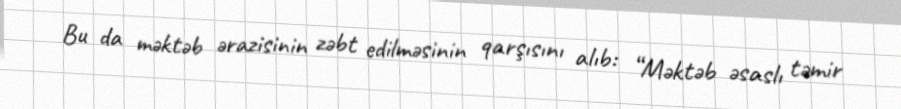
Bu da məktəb ərazisinin zəbt edilməsinin qarşısını alıb: “Məktəb əsaslı təmir